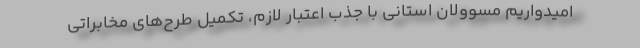
امیدواریم مسوولان استانی با جذب اعتبار لازم، تکمیل طرح‌های مخابراتی